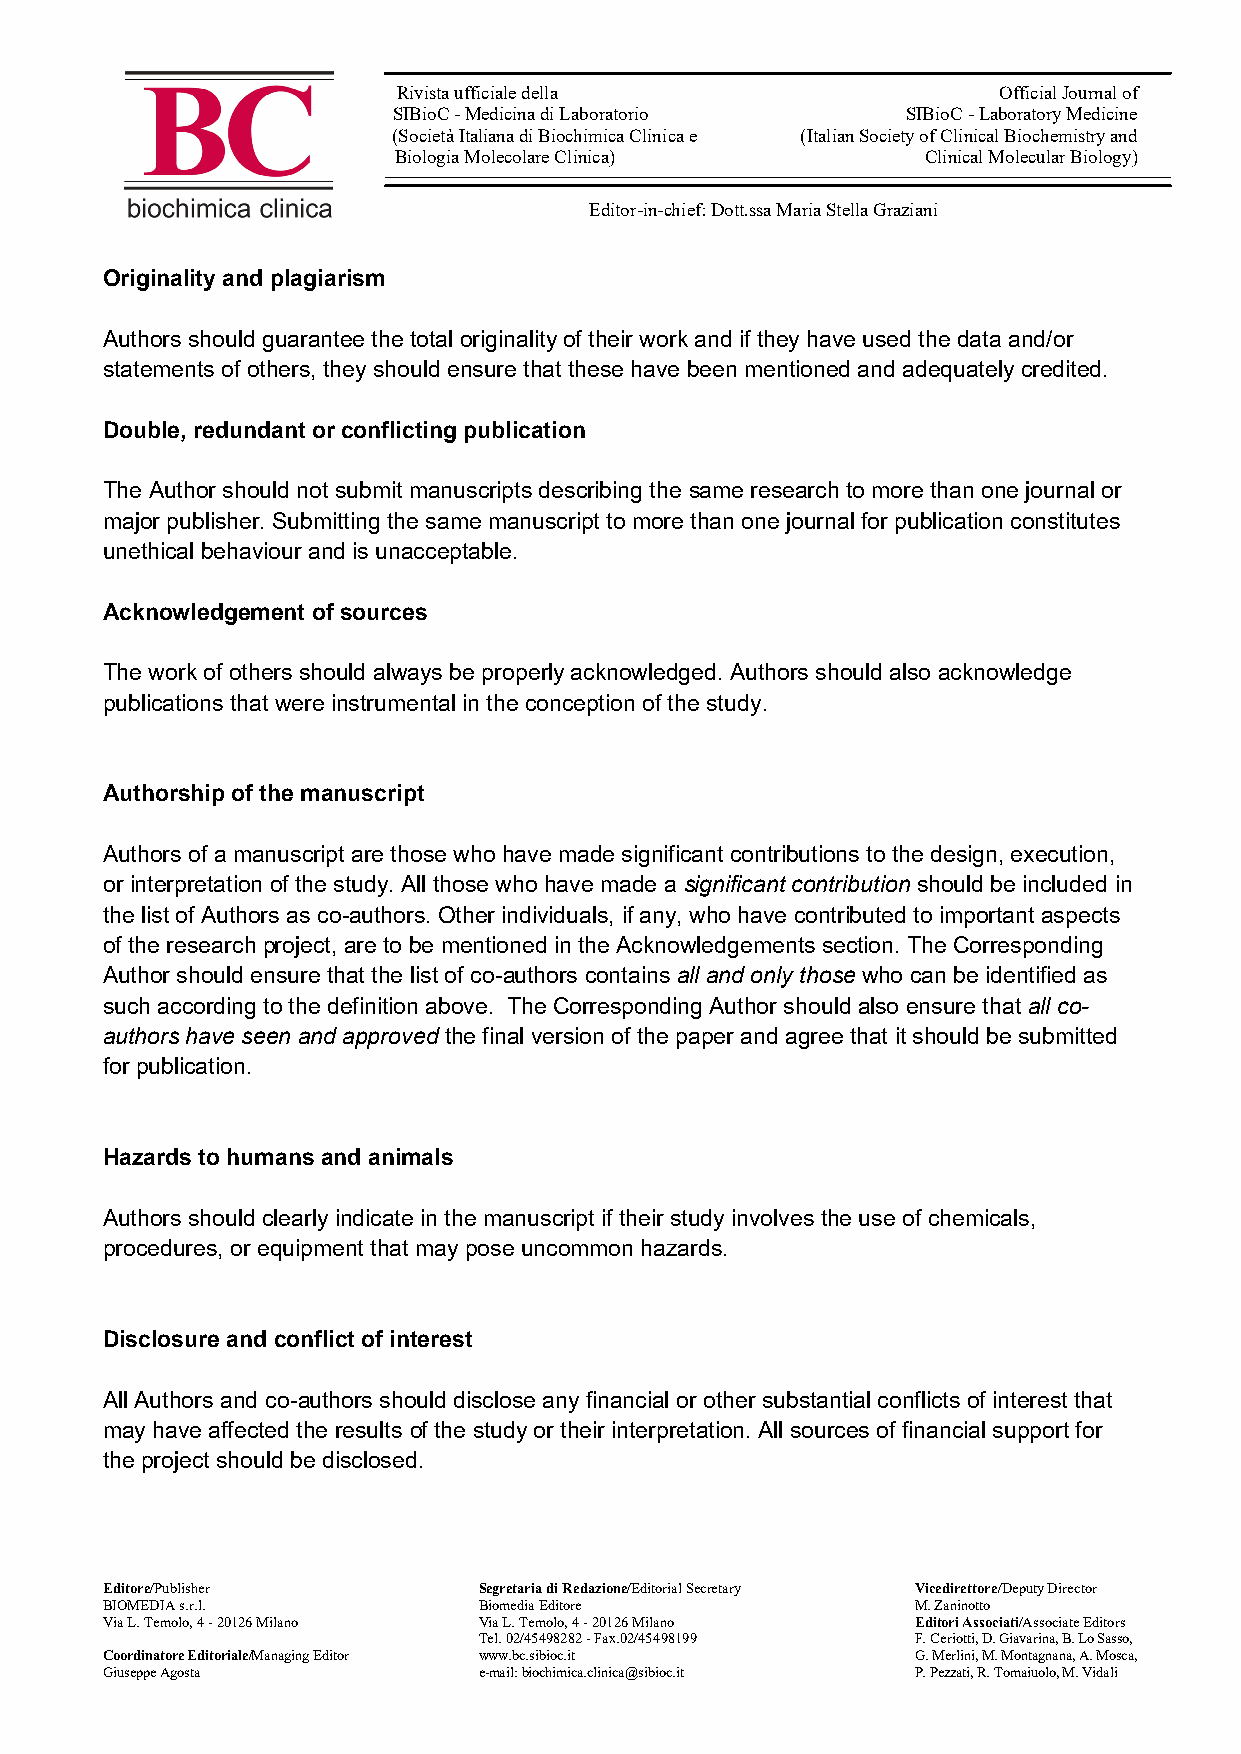
Rivista ufficiale della                 Official Journal of
 SIBioC - Medicina di Laboratorio  SIBioC - Laboratory Medicine
 (Società Italiana di Biochimica Clinica e (Italian Society of Clinical Biochemistry and
 Biologia Molecolare Clinica)       Clinical Molecular Biology)
 Editor-in-chief: Dott.ssa Maria Stella Graziani
 Originality and plagiarism
 Authors should guarantee the total originality of their work and if they have used the data and/or
 statements of others, they should ensure that these have been mentioned and adequately credited.
 Double, redundant or conflicting publication
 The Author should not submit manuscripts describing the same research to more than one journal or
 major publisher. Submitting the same manuscript to more than one journal for publication constitutes
 unethical behaviour and is unacceptable.
 Acknowledgement of sources
 The work of others should always be properly acknowledged. Authors should also acknowledge
 publications that were instrumental in the conception of the study.
 Authorship of the manuscript
 Authors of a manuscript are those who have made significant contributions to the design, execution,
 or interpretation of the study. All those who have made a significant contribution should be included in
 the list of Authors as co-authors. Other individuals, if any, who have contributed to important aspects
 of the research project, are to be mentioned in the Acknowledgements section. The Corresponding
 Author should ensure that the list of co-authors contains all and only those who can be identified as
 such according to the definition above. The Corresponding Author should also ensure that all co-
 authors have seen and approved the final version of the paper and agree that it should be submitted
 for publication.
 Hazards to humans and animals
 Authors should clearly indicate in the manuscript if their study involves the use of chemicals,
 procedures, or equipment that may pose uncommon hazards.
 Disclosure and conflict of interest
 All Authors and co-authors should disclose any financial or other substantial conflicts of interest that
 may have affected the results of the study or their interpretation. All sources of financial support for
 the project should be disclosed.
 Editore/Publisher        Segretaria di Redazione/Editorial Secretary Vicedirettore/Deputy Director
 BIOMEDIA s.r.l.          Biomedia Editore             M. Zaninotto
 Via L. Temolo, 4 - 20126 Milano Via L. Temolo, 4 - 20126 Milano Editori Associati/Associate Editors
 Tel. 02/45498282 - Fax.02/45498199 F. Ceriotti, D. Giavarina, B. Lo Sasso,
 Coordinatore Editoriale/Managing Editor www.bc.sibioc.it G. Merlini, M. Montagnana, A. Mosca,
 Giuseppe Agosta          e-mail: biochimica.clinica@sibioc.it P. Pezzati, R. Tomaiuolo, M. Vidali